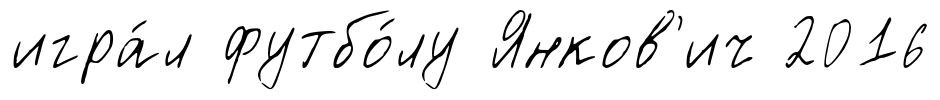
игра́л футбо́лу Янков'ич 2016